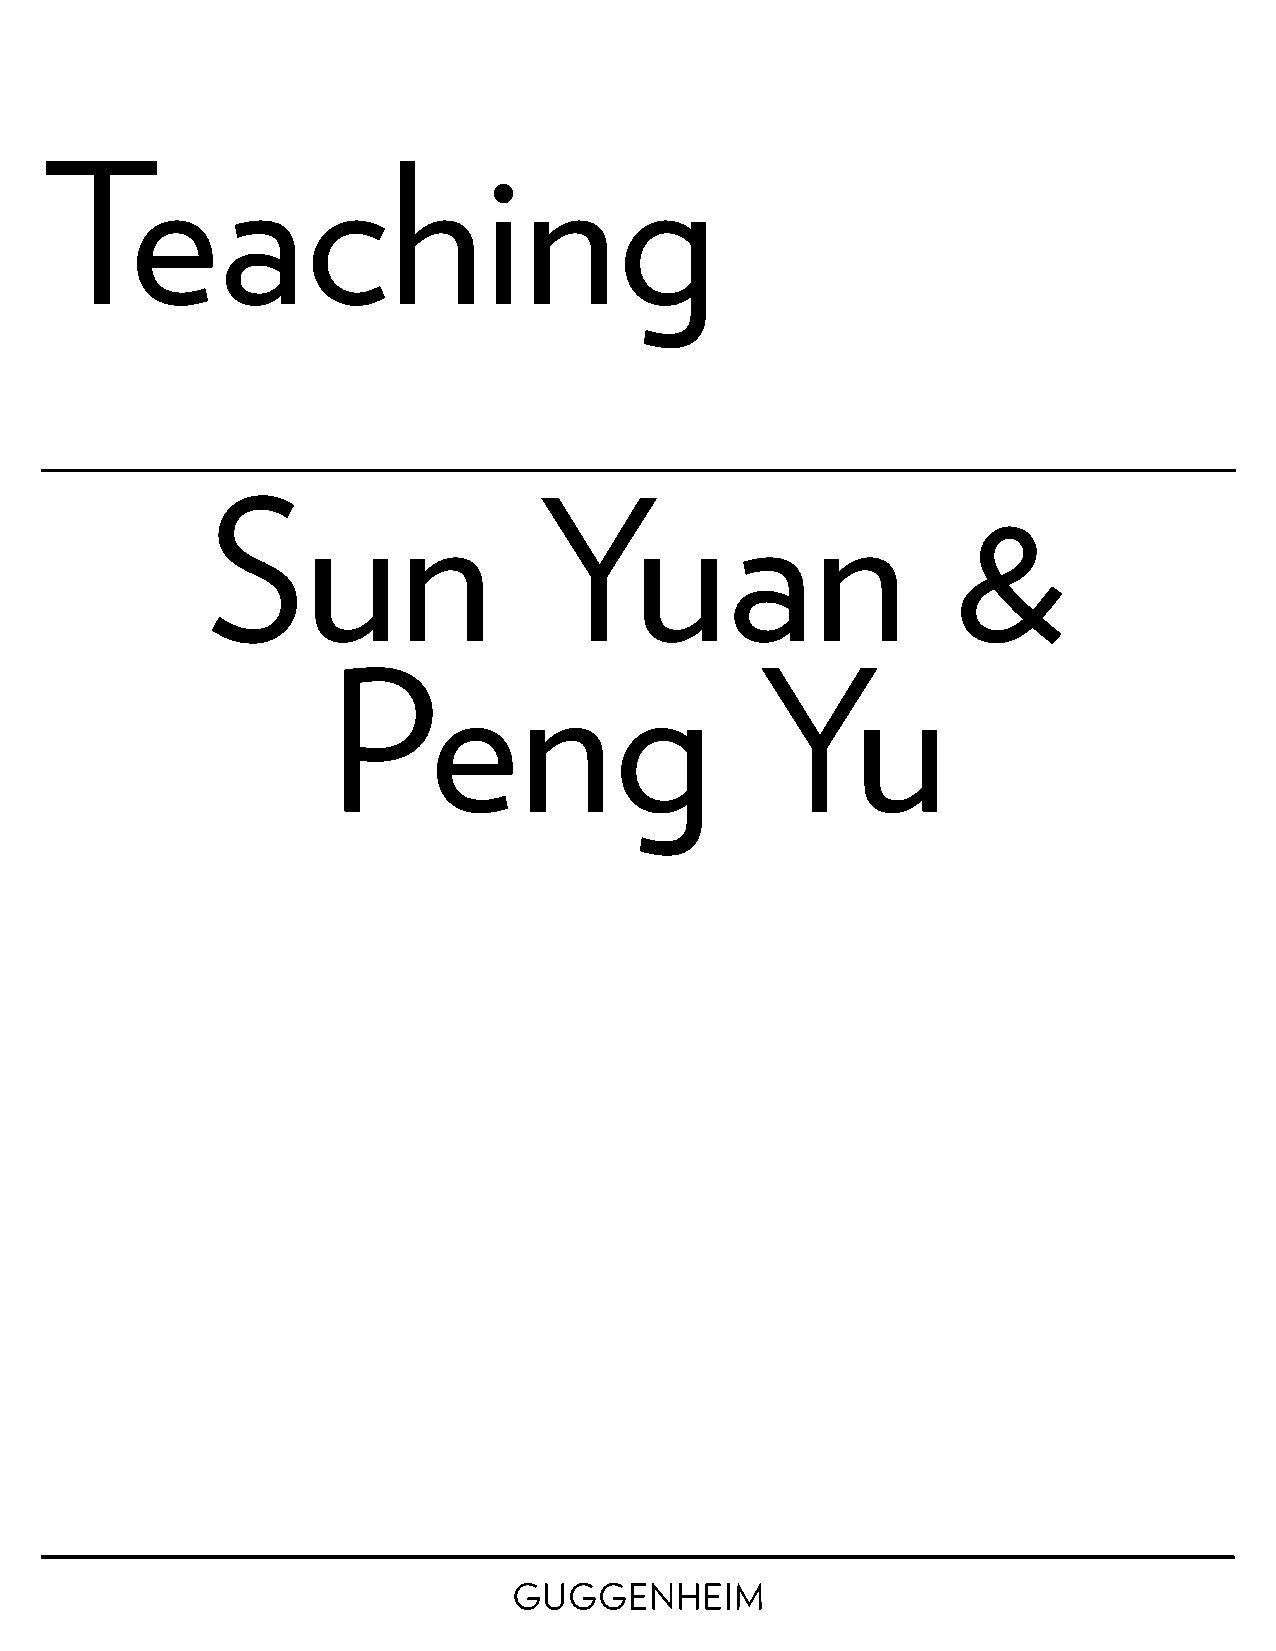
Teaching
 Sun                   Yuan                       &
 Peng                        Yu